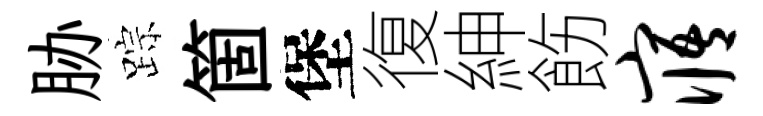
胁踪箇堡復紳飭寤